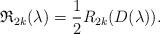
LaTeX: \begin{gather*}\mathfrak{R}_{2k}(\lambda)= \frac{1}{2} R_{2k} (D(\lambda)).\end{gather*}